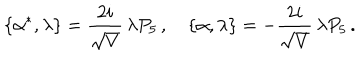
LaTeX: \{ \alpha ^ { * } , \lambda \} = \frac { 2 i } { \sqrt { V } } \, \lambda P _ { 5 } \, , \quad \{ \alpha , \lambda \} = - \frac { 2 i } { \sqrt { V } } \, \lambda P _ { 5 } \, .